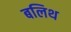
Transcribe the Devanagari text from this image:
बलिथ